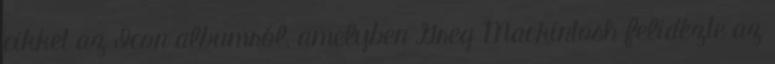
cikket az Icon albumról, amelyben Greg Mackintosh felidézte az